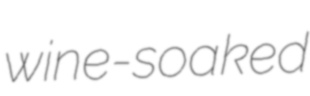
wine-soaked